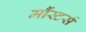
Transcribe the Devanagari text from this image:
मौंस्टर्स